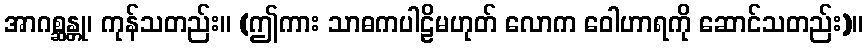
အာဂစ္ဆန္တု၊ ကုန်သတည်း။ (ဤကား သာဓကပါဠိမဟုတ် လောက ဝေါဟာရကို ဆောင်သတည်း)။